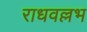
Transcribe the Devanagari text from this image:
राधवल्लभ